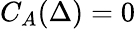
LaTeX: C_{A}(\Delta)=0